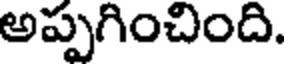
అప్పగించింది.